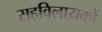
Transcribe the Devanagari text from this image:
सहविलायकों